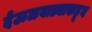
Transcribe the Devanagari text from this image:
देऊळवाड्याकडून